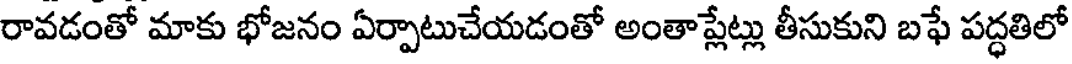
రావడంతో మాకు భోజనం ఏర్పాటుచేయడంతో అంతాప్లేట్లు తీసుకుని బఫే పద్ధతిలో